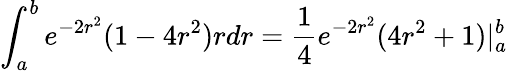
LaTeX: \int_{a}^{b}e^{-2r^{2}}(1-4r^{2})rdr=\frac{1}{4}e^{-2r^{2}}(4r^{2}+1)|_{a}^{b}